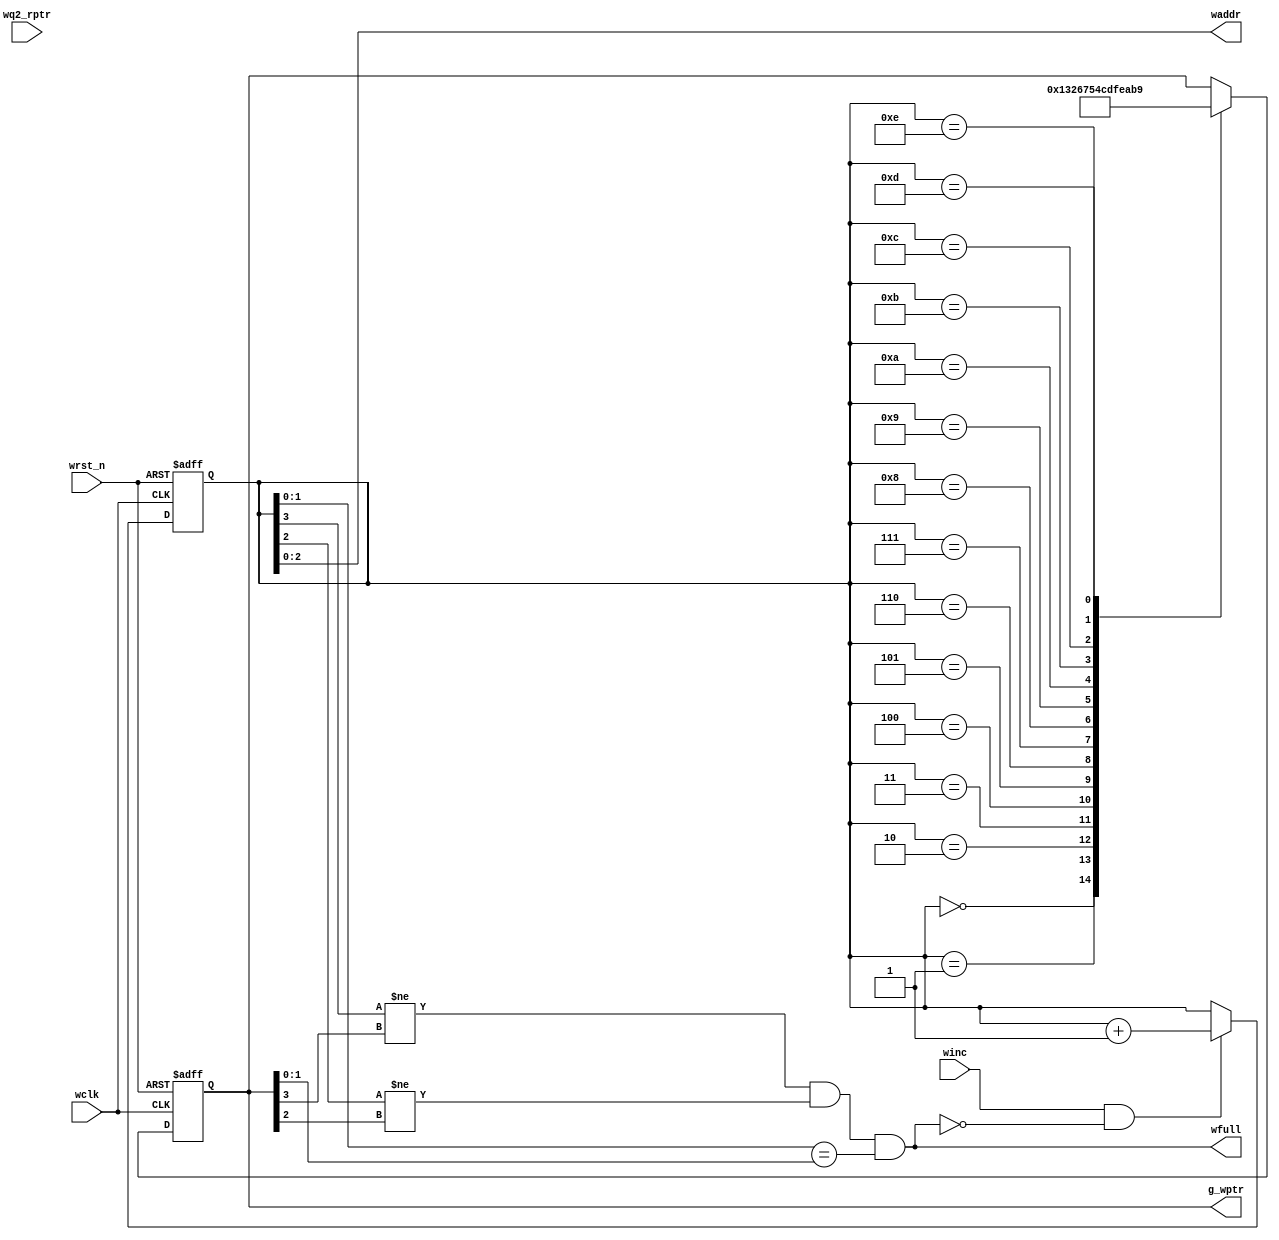
module w_full #(parameter POI_SIZE = 4
)
 (
input  wire 			   winc     	,
input  wire 			   wclk     	,
input  wire 	  		   wrst_n   	,
input  wire [POI_SIZE-1:0]	   wq2_rptr 	,
output wire	  		   wfull	,
output wire [POI_SIZE-2:0]         waddr	,
output reg  [POI_SIZE-1:0]         g_wptr	

);

reg [POI_SIZE-1:0] bn_wptr;
always@(posedge wclk or negedge wrst_n)
 begin
   if(!wrst_n)
	begin
	 bn_wptr  <= 'b0 ;
	end
  else if(winc && !wfull )
       bn_wptr <= bn_wptr + 1'b1 ;
 end

assign waddr  = bn_wptr[POI_SIZE-2:0];

always@(posedge wclk or negedge  wrst_n )
 begin
  if(!wrst_n)
   begin
    g_wptr <= 'b0 ;
   end
else 
 begin
   case(bn_wptr)
      4'b0000 : g_wptr <= 4'b0000;
      4'b0001 : g_wptr <= 4'b0001;
      4'b0010 : g_wptr <= 4'b0011;
      4'b0011 : g_wptr <= 4'b0010;
      4'b0100 : g_wptr <= 4'b0110;
      4'b0101 : g_wptr <= 4'b0111;
      4'b0110 : g_wptr <= 4'b0101;
      4'b0111 : g_wptr <= 4'b0100;
      4'b1000 : g_wptr <= 4'b1100;
      4'b1001 : g_wptr <= 4'b1101;
      4'b1010 : g_wptr <= 4'b1111;
      4'b1011 : g_wptr <= 4'b1110;
      4'b1100 : g_wptr <= 4'b1010;
      4'b1101 : g_wptr <= 4'b1011;
      4'b1110 : g_wptr <= 4'b1001;
 endcase
 end
end    

// generation of full flag
assign wfull = (bn_wptr[POI_SIZE-1]!=  g_wptr[POI_SIZE-1] && bn_wptr[POI_SIZE-2]!=  g_wptr[POI_SIZE-2] && bn_wptr[POI_SIZE-3:0]==  g_wptr[POI_SIZE-3:0]) ;



endmodule